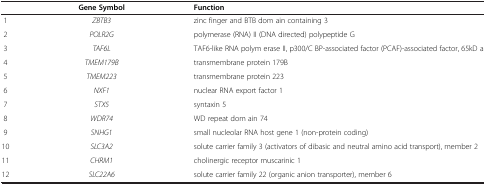
<table><thead><tr><td>[EMPTY_CELL]</td><td><b>Gene Symbol</b></td><td><b>Function</b></td></tr></thead><tbody><tr><td>1</td><td><i>ZBTB3</i></td><td>zinc finger and BTB dom ain containing 3</td></tr><tr><td>2</td><td><i>POLR2G</i></td><td>polymerase (RNA) II (DNA directed) polypeptide G</td></tr><tr><td>3</td><td><i>TAF6L</i></td><td>TAF6-like RNA polym erase II, p300/C BP-associated factor (PCAF)-associated factor, 65kD a</td></tr><tr><td>4</td><td><i>TMEM179B</i></td><td>transmembrane protein 179B</td></tr><tr><td>5</td><td><i>TMEM223</i></td><td>transmembrane protein 223</td></tr><tr><td>6</td><td><i>NXF1</i></td><td>nuclear RNA export factor 1</td></tr><tr><td>7</td><td><i>STX5</i></td><td>syntaxin 5</td></tr><tr><td>8</td><td><i>WDR74</i></td><td>WD repeat dom ain 74</td></tr><tr><td>9</td><td><i>SNHG1</i></td><td>small nucleolar RNA host gene 1 (non-protein coding)</td></tr><tr><td>10</td><td><i>SLC3A2</i></td><td>solute carrier family 3 (activators of dibasic and neutral amino acid transport), member 2</td></tr><tr><td>11</td><td><i>CHRM1</i></td><td>cholinergic receptor muscarinic 1</td></tr><tr><td>12</td><td><i>SLC22A6</i></td><td>solute carrier family 22 (organic anion transporter), member 6</td></tr></tbody></table>